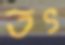
তৎ